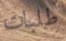
طلبات